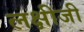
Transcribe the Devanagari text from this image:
लक्षीजी